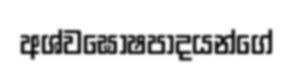
අශ්වඝෝෂපාදයන්ගේ